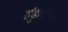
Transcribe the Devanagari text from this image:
हंडुकिया